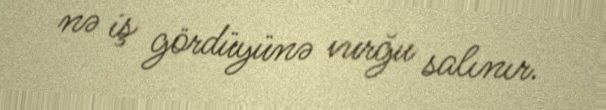
nə iş gördüyünə vurğu salınır.